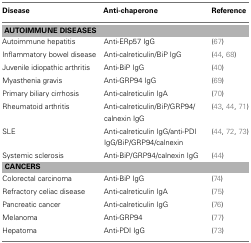
<table><thead><tr><td><b>Disease</b></td><td><b>Anti-chaperone</b></td><td><b>Reference</b></td></tr></thead><tbody><tr><td colspan="3"><b>AUTOIMMUNE DISEASES</b></td></tr><tr><td>Autoimmune hepatitis</td><td>Anti-ERp57 IgG</td><td>(67)</td></tr><tr><td>Inflammatory bowel disease</td><td>Anti-calreticulin/BiP IgG</td><td>(44, 68)</td></tr><tr><td>Juvenile idiopathic arthritis</td><td>Anti-BiP IgG</td><td>(40)</td></tr><tr><td>Myasthenia gravis</td><td>Anti-GRP94 IgG</td><td>(69)</td></tr><tr><td>Primary biliary cirrhosis</td><td>Anti-calreticulin IgA</td><td>(70)</td></tr><tr><td>Rheumatoid arthritis</td><td>Anti-calreticulin/BiP/GRP94/calnexin IgG</td><td>(43, 44, 71)</td></tr><tr><td>SLE</td><td>Anti-calreticulin IgG/anti-PDI IgG/BiP/GRP94/calnexin</td><td>(44, 72, 73)</td></tr><tr><td>Systemic sclerosis</td><td>Anti-BiP/GRP94/calnexin IgG</td><td>(44)</td></tr><tr><td colspan="3"><b>CANCERS</b></td></tr><tr><td>Colorectal carcinoma</td><td>Anti-BiP IgG</td><td>(74)</td></tr><tr><td>Refractory celiac disease</td><td>Anti-calreticulin IgA</td><td>(75)</td></tr><tr><td>Pancreatic cancer</td><td>Anti-calreticulin IgG</td><td>(76)</td></tr><tr><td>Melanoma</td><td>Anti-GRP94</td><td>(77)</td></tr><tr><td>Hepatoma</td><td>Anti-PDI IgG</td><td>(73)</td></tr></tbody></table>